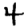
Digit: 4